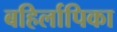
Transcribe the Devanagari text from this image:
बहिर्लापिका